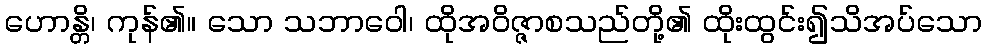
ဟောန္တိ၊ ကုန်၏။ သော သဘာဝေါ၊ ထိုအဝိဇ္ဇာစသည်တို့၏ ထိုးထွင်း၍သိအပ်သော